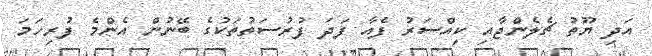
އަދި ޔޫތު ޗެލެންޖާއި ކިއްސަރު ފެއާ ފަދަ ފުރުސަތުތަކުގެ ބޭނުން އެންމެ ފުރިހަމަ